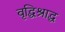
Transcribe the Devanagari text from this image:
वृद्धिश्राद्ध